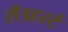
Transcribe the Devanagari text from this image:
सॅँडहर्स्ट